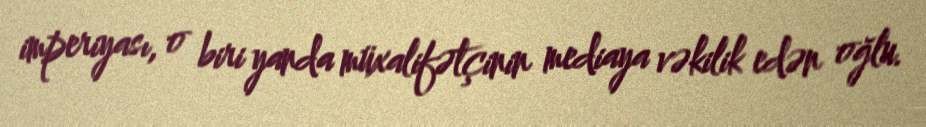
imperiyası, o biri yanda müxalifətçinin mediaya vəkilik edən oğlu.